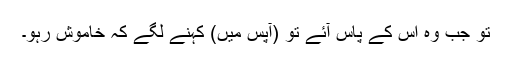
تو جب وہ اس کے پاس آئے تو (آپس میں) کہنے لگے کہ خاموش رہو۔